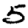
Digit: 5